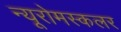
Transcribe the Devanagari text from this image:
न्यूरोमस्कलर